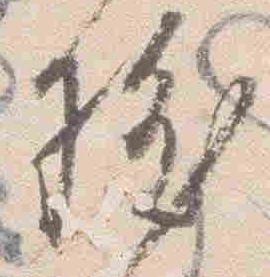
祓